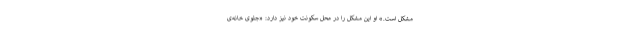
مشکل است.» او این مشکل را در محل سکونت خود نیز دارد: «جلوی خانه‌ی